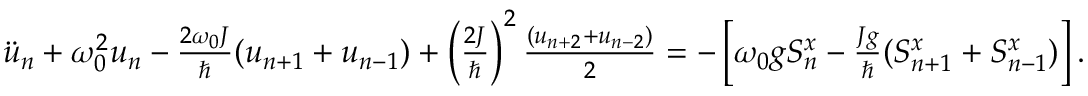
\begin{array} { r } { \ddot { u } _ { n } + \omega _ { 0 } ^ { 2 } u _ { n } - \frac { 2 \omega _ { 0 } J } { \hbar } ( u _ { n + 1 } + u _ { n - 1 } ) + \left( \frac { 2 J } { \hbar } \right) ^ { 2 } \frac { ( u _ { n + 2 } + u _ { n - 2 } ) } { 2 } = - \left[ \omega _ { 0 } g S _ { n } ^ { x } - \frac { J g } { \hbar } ( S _ { n + 1 } ^ { x } + S _ { n - 1 } ^ { x } ) \right] . } \end{array}